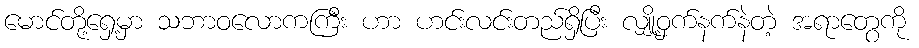
မောင်တို့ရှေ့မှာ သဘာဝလောကကြီး ဟာ ဟင်းလင်းတည်ရှိပြီး လျှို့ဝှက်နက်နဲတဲ့ အရာတွေကို